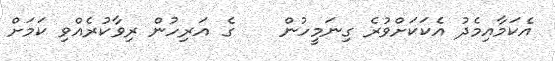
އެކަމާއިމެދު އެކަކަށްވުރެ ގިނަމީހުން    ގެ އަރިހުން ރިވާކުރެއްވި ކަމަށް